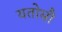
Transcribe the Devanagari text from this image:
यतोसौ